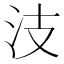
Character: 汥